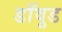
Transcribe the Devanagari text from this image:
डॉवुड